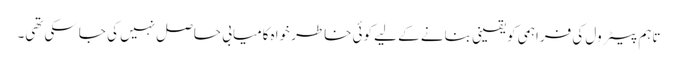
تاہم پیٹرول کی فراہمی کو یقینی بنانے کے لیے کوئی خاطر خواہ کامیابی حاصل نہیں کی جاسکی تھی۔